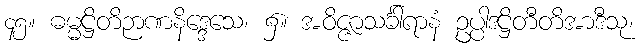
၄၅။ ဓမ္မဋ္ဌိတိဉာဏနိဒ္ဒေသေ၊ ၌။ အဝိဇ္ဇာသင်္ခါရာနံ ဥပ္ပါဒဋ္ဌိတီတိအာဒီသု၊